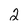
Character: 2